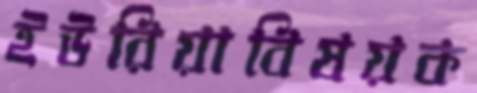
ইউরিয়াবিষয়ক